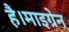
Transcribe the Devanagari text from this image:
है।माइग्रेन